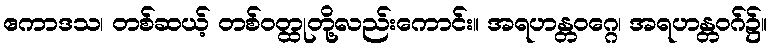
ဧကာဒသ၊ တစ်ဆယ့် တစ်ဝတ္ထုတို့လည်းကောင်း။ အရဟန္တဝဂ္ဂေ၊ အရဟန္တဝဂ်၌။